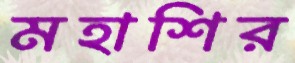
মহাশির